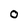
Character: O